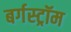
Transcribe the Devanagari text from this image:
बर्गस्ट्रॉम